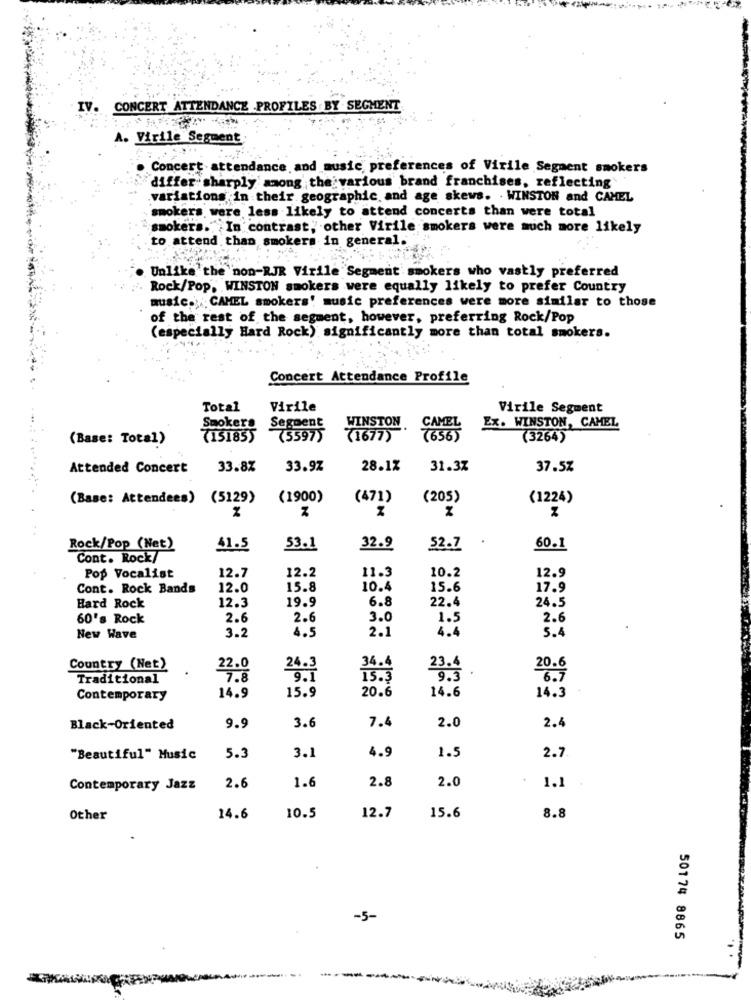
IV. CONCERT ATTENDANCE PROFILES BY SEGMENT
A. Virile Segment
Concert attendance and music preferences of Virile Segment smokers
differ sharply'among the various brand franchises, reflecting
variations in their geographic, and age skews. . WINSTON and CAMEL
smokers were less likely to attend concerts than were total
smokers. In contrast, other Virile smokers were much more likely
to attend than smokers in general.
Unlike the non-RJR Virile Segment smokers who vastly preferred
Rock/Pop, WINSTON smokers were equally likely to prefer Country
music. CAMEL smokers' music preferences were more similar to those
of the rest of the segment, however, preferring Rock/Pop
(especially Hard Rock) significantly more than total smokers.
Concert Attendance Profile
Total
Virile
Virile Segment
Spokers Segment
WINSTON . CAMEL
Ex. WINSTON, CAMEL
(Base: Total)
7151855
(3597)
(1677)
(3264)
Attended Concert
33.8%
33.97
28.1%
31.3%
37.5%
(Base: Attendees) (5129)
(1900)
(471)
(205)
(1224)
.
Rock/Pop (Net)
41.5
53.1
32.9
52.7
60.1
Cont. Rock/
12.7
10.2
Pop Vocalist
12.2
11.3
12.9
Cont. Rock Bands
12.0
15.8
10.4
15.6
17.9
12.3
19.9
6.8
22.4
24.5
Hard Rock
60's Rock
2.6
2.6
3.0
1.5
2.6
4.4
New Wave
3.2
4.9
2.1
5 .4
Country (Net)
22.0
24.3
23.4
20.6
Traditional
7.8
15.3
20.6
Contemporary
14.9
15.9
14.6
14.3
Black-Oriented
9.9
3.6
7.4
2.0
2.4
4.9
"Beautiful" Music
5.3
3.1
1.5
2.7
2.0
Contemporary Jazz
2.6
1.6
2.8
1.1
Other
14.6
10.5
12.7
15.6
8.8
-5-
50174 8865